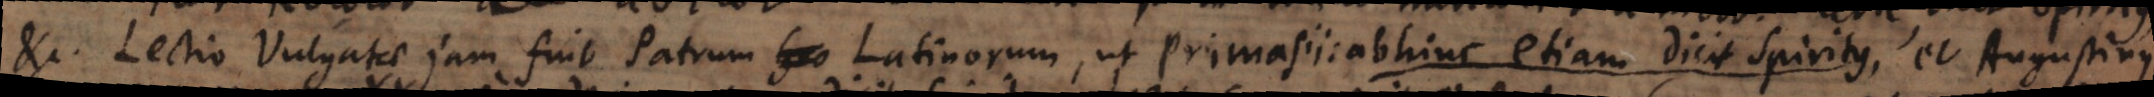
etc. Lectio Vulgatae jam fuit Patrum Latinorum, ut Primasii: abhinc etiam dicit Spiritus, et Augustinus